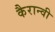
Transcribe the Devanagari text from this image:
कैरान्वी